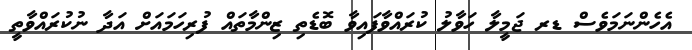
އެހެންނަމަވެސް ޑރ ޖަމީލާ ހަވާލު ކުރައްވާފައިވާ ބޮޑެތި ޒިންމާތައް ފުރިހަމައަށް އަދާ ނުކުރައްވާތީ